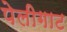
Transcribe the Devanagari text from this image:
पेलीगाट